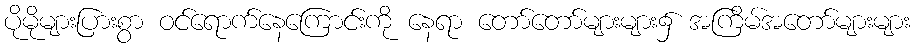
ပိုမိုများပြားစွာ ဝင်ရောက်နေကြောင်းကို နေရာ တော်တော်များများ၌ အကြိမ်အတော်များများ